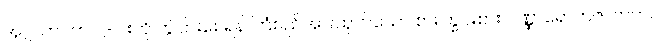
အဂ္ဂသာဝက ၂-ပါးကို ကွဲပြားစေရန် ကြံစည်အားထုတ်သော စားကြွင်းစား ဝဏ္ဏာရောဟဇာတက။